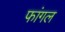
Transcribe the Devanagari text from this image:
फांगल